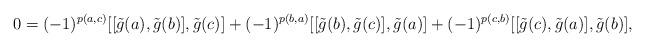
LaTeX: \begin{align*}0=(-1)^{p(a,c)}[[\tilde{g}(a),\tilde{g}(b)],\tilde{g}(c)]+(-1)^{p(b,a)}[[\tilde{g}(b),\tilde{g}(c)],\tilde{g}(a)]+(-1)^{p(c,b)}[[\tilde{g}(c),\tilde{g}(a)],\tilde{g}(b)],\end{align*}